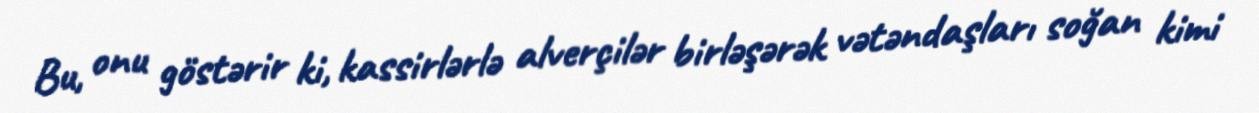
Bu, onu göstərir ki, kassirlərlə alverçilər birləşərək vətəndaşları soğan kimi